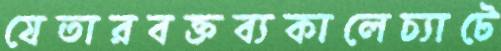
যেতারবক্তব্যকালেচ্যাটে